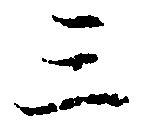
三